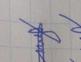
Signature authenticity: forged